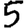
Digit: 5